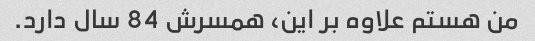
من هستم علاوه بر این، همسرش 84 سال دارد.